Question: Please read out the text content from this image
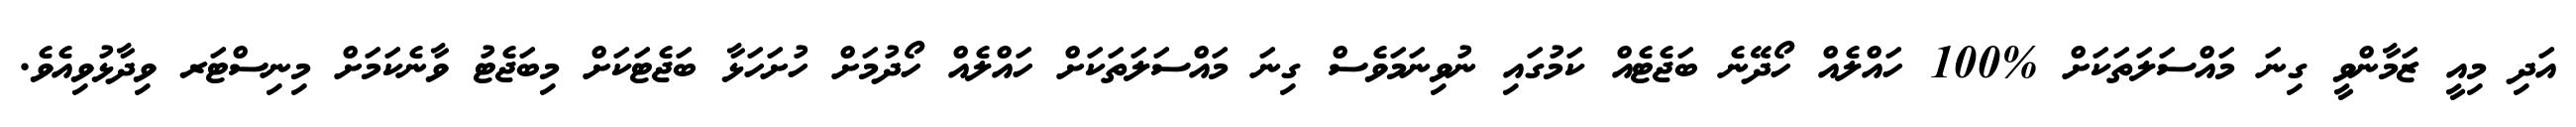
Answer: އަދި މިއީ ޒަމާންވީ ގިނަ މައްސަލަތަކަށް %100 ހައްލެއް ހޯދޭނެ ބަޖެޓެއް ކަމުގައި ނުވިނަމަވެސް ގިނަ މައްސަލަތަކަށް ހައްލެއް ހޯދުމަށް ހުށަހަޅާ ބަޖެޓަކަށް މިބަޖެޓު ވާނެކަމަށް މިނިސްޓަރ ވިދާޅުވިއެވެ.